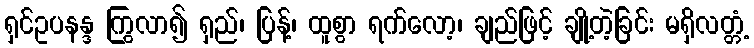
ရှင်ဥပနန္ဒ ကြွလာ၍ ရှည်၊ ပြန့်၊ ထူစွာ ရက်လော့၊ ချည်ဖြင့် ချို့တဲ့ခြင်း မရှိလတ္တံ့